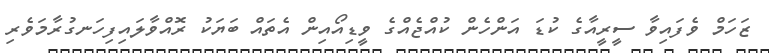
ޒަހަމް ވެފައިވާ ސީރީއާގެ ކުޑަ އަންހެން ކުއްޖެއްގެ ވީޑިއޯއިން އެތައް ބަޔަކު ރޮއްވާލައިފިހަނގުރާމަވެރި